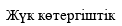
Жүк көтергіштік